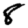
Digit: 8